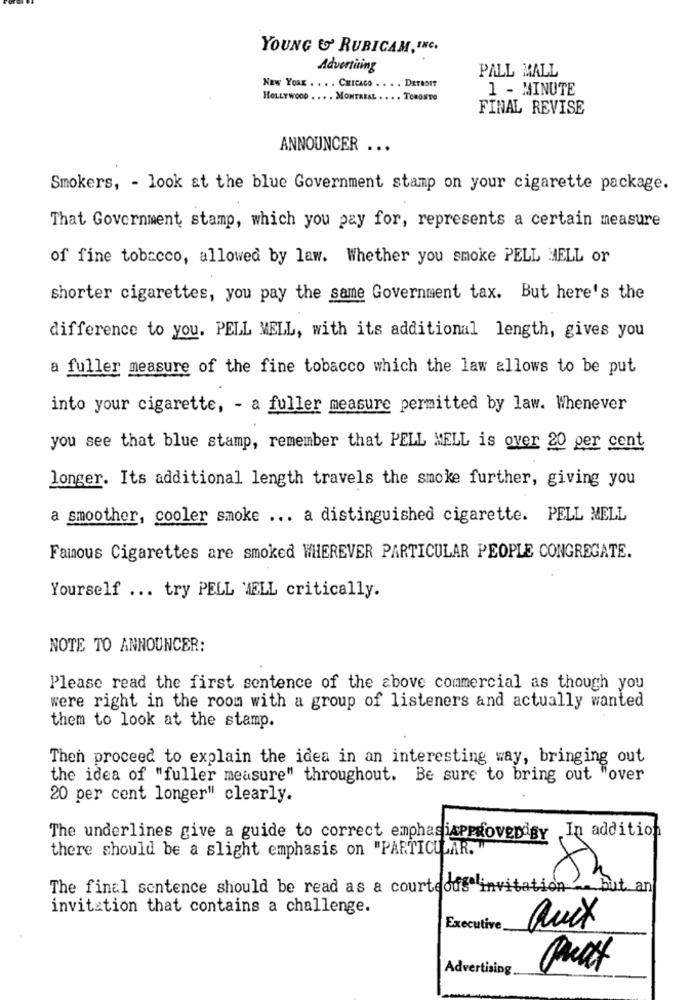
YOUNG & RUBICAM, INC.
Advertising
PALL MALL
NEW YORK . . . . CHICAGO . . . . DETROIT
1 - MINUTE
HOLLYWOOD ... . MONTREAL . ... TORONTO
FINAL REVISE
ANNOUNCER ...
Smokers, - look at the blue Government stamp on your cigarette package.
That Government stamp, which you pay for, represents a certain measure
of fine tobacco, allowed by law. Whether you smoke PELL HELL or
shorter cigarettes, you pay the same Government tax. But here's the
difference to you. PELL MELL, with its additional length, gives you
a fuller measure of the fine tobacco which the law allows to be put
into your cigarette, - a fuller measure permitted by law. Whenever
you see that blue stamp, remember that PELL MELL is over 20 per cent
longer. Its additional length travels the smoke further, giving you
a smoother, cooler smoke ... a distinguished cigarette. PELL MELL
Famous Cigarettes are smoked WHEREVER PARTICULAR PEOPLE CONGREGATE.
Yourself ... try PELL MELL critically.
NOTE TO ANNOUNCER:
Please read the first sentence of the above commercial as though you
were right in the room with a group of listeners and actually wanted
them to look at the stamp.
Then proceed to explain the idea in an interesting way, bringing out
the idea of "fuller measure" throughout. Be sure to bring out "over
20 per cent longer" clearly.
The underlines give a guide to correct emphasisppioverdgy .In addition
there should be a slight emphasis on "PARTICULAR."
8h
The final sentence should be read as a courteous inv
ion
but an
invitation that contains a challenge.
aux
Executive
Advertising